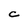
Character: C